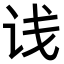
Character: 𬣡